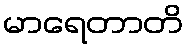
မာရေတာတိ